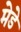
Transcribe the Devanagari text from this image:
मेडे